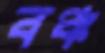
বঞ্চ